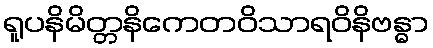
ရူပနိမိတ္တနိကေတဝိသာရဝိနိဗန္ဓာ